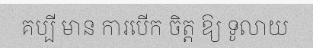
គប្បី មាន ការបើក ចិត្ត ឱ្យ ទូលាយ